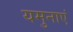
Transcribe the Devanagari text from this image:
यमुनाएं